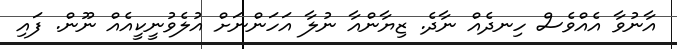
އާނުވާ އެއްވެސް ހިނދެއް ނާދެ. ޒިޔާންއާ ނުލާ އަހަންނަށް އުލެވުނީކީއެއް ނޫން. ފައި